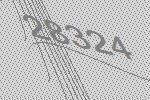
28324